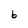
Character: 6